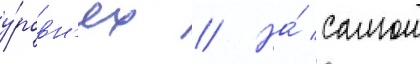
у́ровн'ях // На́ самом